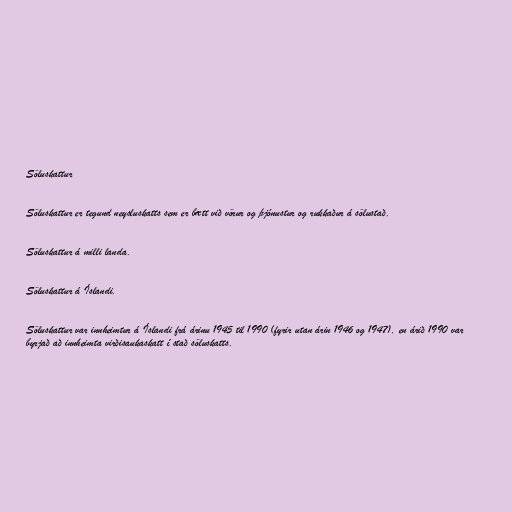
Söluskattur

Söluskattur er tegund neysluskatts sem er bætt við vörur og þjónustur og rukkaður á sölustað.

Söluskattur á milli landa.

Söluskattur á Íslandi.

Söluskattur var innheimtur á Íslandi frá árinu 1945 til 1990 (fyrir utan árin 1946 og 1947), en árið 1990 var
byrjað að innheimta virðisaukaskatt í stað söluskatts.